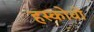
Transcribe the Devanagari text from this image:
हस्कोवो